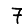
Digit: 7